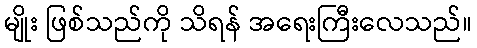
မျိုး ဖြစ်သည်ကို သိရန် အရေးကြီးလေသည်။